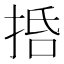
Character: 𢬸